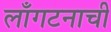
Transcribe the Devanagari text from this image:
लाँगटनाची